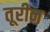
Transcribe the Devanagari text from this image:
तूरीन